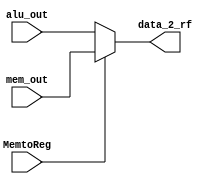
//
// RISC-V RV32I CPU WB 
//


module risc_v_32_wb(mem_out,alu_out,MemtoReg,data_2_rf);
    input      [31:0] mem_out;                                   // Read data from data memory
	input      [31:0] alu_out;									 // ALU output
	input 	          MemtoReg;									 // MUX choose signal
    output 	   [31:0] data_2_rf;								 // data write to register file

    wire   [31:0] data_2_rf = MemtoReg ? mem_out : alu_out;

	
endmodule